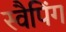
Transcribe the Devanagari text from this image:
स्वैपिंग